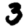
Digit: 3